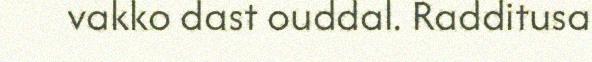
vakko dast ouddal. Radditusa